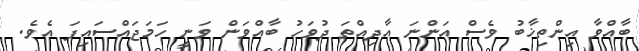
ބާއްވާ އިންތިޚާބު ވެސް އަންނަ އާދިއްތަ ދުވަހު ބާއްވަން ވަނީ ހަމަޖައްސައިފަ އެވެ.